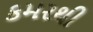
કમરથી